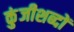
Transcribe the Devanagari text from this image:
कुंजीशब्दों